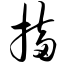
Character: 搐